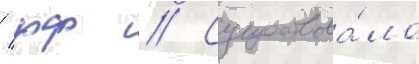
/ рф // Существова́ло